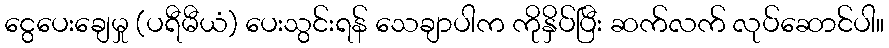
ငွေပေးချေမှု (ပရီမီယံ) ပေးသွင်းရန် သေချာပါက ကိုနှိပ်ပြီး ဆက်လက် လုပ်ဆောင်ပါ။